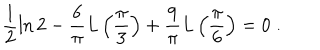
LaTeX: \frac { 1 } { 2 } \ln 2 - \frac { 6 } { \pi } L \left( \frac { \pi } { 3 } \right) + \frac { 9 } { \pi } L \left( \frac { \pi } { 6 } \right) = 0 \; .